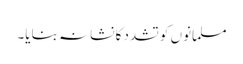
مسلمانوں کو تشدد کا نشانہ بنایا۔